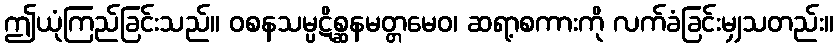
ဤယုံကြည်ခြင်းသည်။ ဝစနသမ္ပဋိစ္ဆနမတ္တမေဝ၊ ဆရာ့စကားကို လက်ခံခြင်းမျှသတည်း။